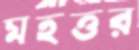
মহত্তর